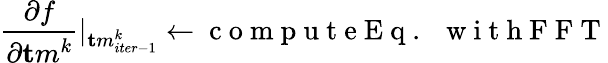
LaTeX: \frac{\partial f}{\partial{\mathbf tm}^{k}}|_{{\mathbf tm}_{iter-1}^{k}}\gets\mathrm{~c~o~m~p~u~t~e~E~q~.~~~w~i~t~h~F~F~T~}